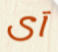
آى